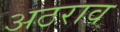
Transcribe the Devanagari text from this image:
अठराव